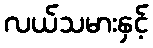
လယ်သမားနှင့်